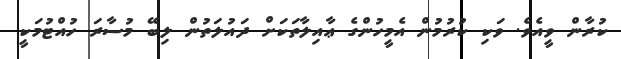
ކުރާން ވީއެވެ. ވަކި ކުރުމުން އެމީހުންގެ ޢާއިލާތަކަށް ދައުލަތުން ލިބޭ މުސާރަ ހުއްޓުމަކީ